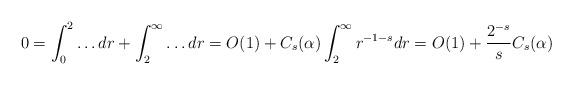
LaTeX: \begin{align*}0&=\int_0^2 \ldots dr + \int_2^\infty \ldots dr= O(1) + C_s(\alpha) \int_2^\infty r^{-1-s} dr=O(1) + \frac{2^{-s}}s C_s(\alpha)\end{align*}